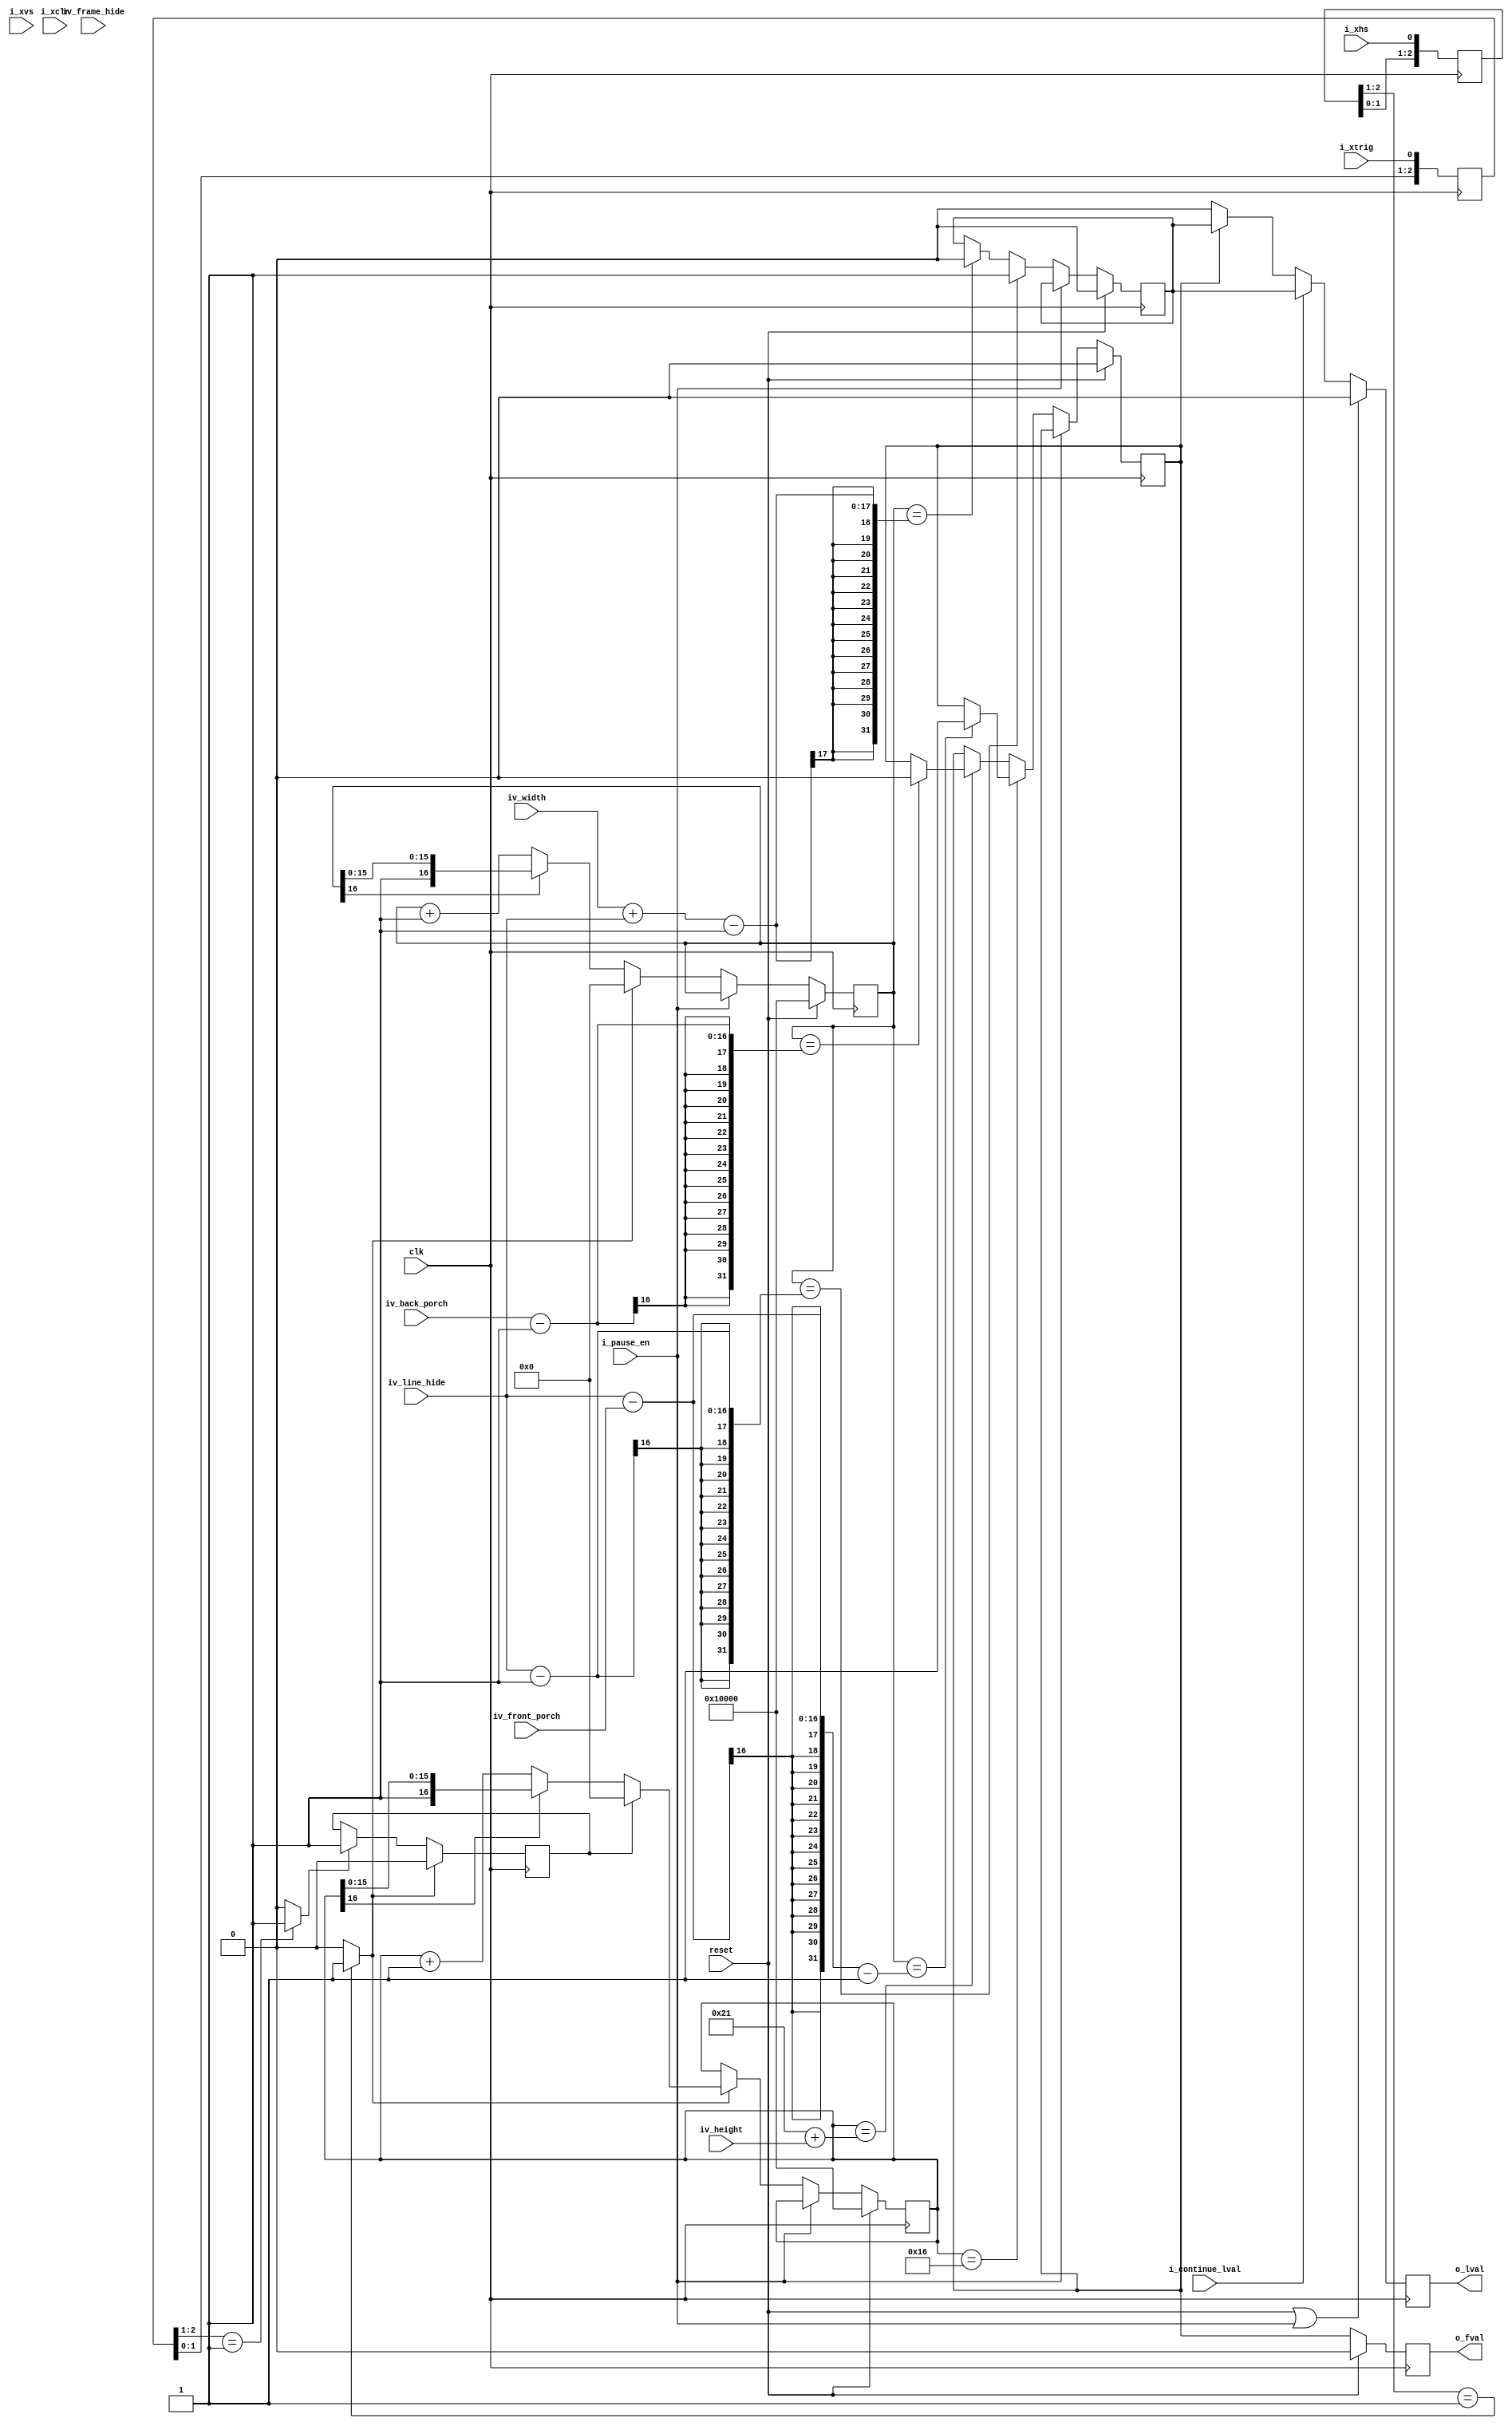
//-------------------------------------------------------------------------------------------------
//  --    : , 2010 -2015.
//  --      .
//  --          : FPGA
//  --        : frame_line_pattern
//  --        : 
//-------------------------------------------------------------------------------------------------
//
//  --  :
//
//  --          :| 				:|  
//-------------------------------------------------------------------------------------------------
//  --        :| 2013/5/24 10:08:24	:|  
//  --        :| 2014/6/9 14:52:56	:|  
//-------------------------------------------------------------------------------------------------
//
//  --      :	 fval  lval 
//              1)  : parameterdefine
//
//              2)  : ... ...
//
//              3)  : ... ...
//
//		
//
//																				|<--iv_frame_hide	  ->|
//					_____________________________________________________________						______
//	fval	________|															|_______________________|
//							_________		_________		   	_________
//	lval	________________|		|_______|		|____****___|		|________________________________
//
//					|<-	  ->|		|<-	  ->|<-   ->|					|<-   ->|
//						|				|		|							|
//				iv_front_porch 			|		|							|
//								iv_line_hide	|							|
//											iv_width					iv_back_porch

//-------------------------------------------------------------------------------------------------
///
//-------------------------------------------------------------------------------------------------

module frame_line_pattern # (
	parameter			VBLANK_LINE			= 22	,	//Vertical blanking period
	parameter			FRAME_INFO_LINE		= 1		,	//Frame information line
	parameter			IGNORE_OB_LINE		= 6		,	//Ignored OB
	parameter			VEFFECT_OB_LINE		= 4			//Vertical effective OB
	)
	(
	//
	input				clk							,	//
	input				reset						,	//
	input				i_xtrig						,	//
	input				i_xhs						,	//
	input				i_xvs						,	//
	input				i_xclr						,	//
	//
	input				i_pause_en					,	//1: 0:
	input				i_continue_lval				,	//1:0:
	input	[15:0]		iv_width					,	//64k
	input	[15:0]		iv_line_hide				,	//64k
	input	[15:0]		iv_height					,	//64k
	input	[15:0]		iv_frame_hide				,	//64k
	input	[15:0]		iv_front_porch				,	//fvallval
	input	[15:0]		iv_back_porch				,	//fvallval
	//
	output				o_fval						,	//
	output				o_lval							//
	);

	//ref signals
	reg		[2:0]		xtrig_shift					= 3'b000;
	wire				xtrig_rise					;
	wire				xtrig_fall					;
	reg		[2:0]		xhs_shift					= 3'b000;
	wire				xhs_rise					;
	wire				xhs_fall					;
	reg					xtrig_rise_reg				= 1'b0;

	reg		[16:0]		allpix_cnt_per_line 		= 17'h10000	;	//pix128kpix
	reg		[16:0]		line_cnt 					= 17'h10000	;	//
	reg					fval_reg					= 1'b0	;	//
	reg					lval_reg					= 1'b0	;	//
	reg					fval_reg1					= 1'b0	;	//
	reg					lval_reg1					= 1'b0	;	//


	//ref ARCHITECTURE

	//	===============================================================================================
	//	ref ***edge***
	//	===============================================================================================
	//	-------------------------------------------------------------------------------------
	//	xtrig 
	//	-------------------------------------------------------------------------------------
	always @ (posedge clk) begin
		xtrig_shift	<= {xtrig_shift[1:0],i_xtrig};
	end
	assign	xtrig_rise	= (xtrig_shift[2:1]==2'b01) ? 1'b1 : 1'b0;
	assign	xtrig_fall	= (xtrig_shift[2:1]==2'b10) ? 1'b1 : 1'b0;

	//	-------------------------------------------------------------------------------------
	//	xhs 
	//	-------------------------------------------------------------------------------------
	always @ (posedge clk) begin
		xhs_shift	<= {xhs_shift[1:0],i_xhs};
	end
	assign	xhs_rise	= (xhs_shift[2:1]==2'b01) ? 1'b1 : 1'b0;
	assign	xhs_fall	= (xhs_shift[2:1]==2'b10) ? 1'b1 : 1'b0;

	//	-------------------------------------------------------------------------------------
	//	
	//	-------------------------------------------------------------------------------------
	always @ (posedge clk) begin
		if(xhs_rise) begin
			xtrig_rise_reg	<= 1'b0;
		end
		else if(xtrig_rise) begin
			xtrig_rise_reg	<= 1'b1;
		end
	end

	//	===============================================================================================
	//	ref ***compute***
	//	===============================================================================================
	//	-------------------------------------------------------------------------------------
	//	allpix_cnt_per_line
	//	1.
	//	2.
	//	--2.1xhs
	//	--2.2=1
	//	--2.3
	//	-------------------------------------------------------------------------------------
	always @ (posedge clk) begin
		if(reset) begin
			allpix_cnt_per_line	<=17'h10000;
		end
		else begin
			if(!i_pause_en) begin
				if(xhs_rise) begin
					allpix_cnt_per_line	<= 17'b0;
				end
				else if(allpix_cnt_per_line[16]) begin
					allpix_cnt_per_line	<= allpix_cnt_per_line;
				end
				else begin
					allpix_cnt_per_line	<= allpix_cnt_per_line + 1'b1;
				end
			end
		end
	end

	//	-------------------------------------------------------------------------------------
	//	line_cnt
	//	1.
	//	2.
	//	3.
	//	--line_cnt
	//	--
	//	-------------------------------------------------------------------------------------
	always @ (posedge clk) begin
		if(reset) begin
			line_cnt	<= 17'h10000;
		end
		else begin
			if(!i_pause_en) begin
				if(xhs_rise) begin
					if(xtrig_rise_reg) begin
						line_cnt	<= 17'b0;
					end
					else if(line_cnt[16]) begin
						line_cnt	<= line_cnt;
					end
					else begin
						line_cnt	<= line_cnt + 1'b1;
					end
				end
			end
		end
	end

	//	-------------------------------------------------------------------------------------
	//	fval_reg
	//	1.
	//	2.
	//	3.
	//	--line_cntallpix_cnt_per_line=1
	//	--line_cnt0allpix_cnt_per_line=0
	//	-------------------------------------------------------------------------------------
	always @ (posedge clk) begin
		if(reset) begin
			fval_reg	<= 1'b0;
		end
		else begin
			if(!i_pause_en) begin
				if(line_cnt==VBLANK_LINE) begin
					if(allpix_cnt_per_line==(iv_line_hide-iv_front_porch-1)) begin
						fval_reg	<= 1'b1;
					end
				end
				else if(line_cnt==(VBLANK_LINE+FRAME_INFO_LINE+IGNORE_OB_LINE+VEFFECT_OB_LINE+iv_height)) begin
					if(allpix_cnt_per_line==(iv_back_porch-1)) begin
						fval_reg	<= 1'b0;
					end
				end
			end
		end
	end

	//	-------------------------------------------------------------------------------------
	//	lval_reg
	//	1.
	//	2.
	//	3.
	//	--allpix_cnt_per_line=1
	//	--allpix_cnt_per_line=0
	//	-------------------------------------------------------------------------------------
	always @ (posedge clk) begin
		if(reset) begin
			lval_reg	<= 1'b0;
		end
		else begin
			if(!i_pause_en) begin
				if(allpix_cnt_per_line==(iv_line_hide-1)) begin
					lval_reg	<= 1'b1;
				end
				else if(allpix_cnt_per_line==(iv_width+iv_line_hide-1)) begin
					lval_reg	<= 1'b0;
				end
			end
		end
	end

	//  ===============================================================================================
	//	ref ******
	//  ===============================================================================================
	//	-------------------------------------------------------------------------------------
	//	fval
	//	1.lvalfval
	//	-------------------------------------------------------------------------------------
	always @ (posedge clk) begin
		if(reset) begin
			fval_reg1	<= 1'b0;
		end
		else begin
			fval_reg1	<= fval_reg;
		end
	end

	//	-------------------------------------------------------------------------------------
	//	lval
	//	1.pauselval
	//	2.fvallval
	//	-------------------------------------------------------------------------------------
	always @ (posedge clk) begin
		if(reset==1'b1 || i_pause_en==1'b1) begin
			lval_reg1	<= 1'b0;
		end
		else begin
			if(i_continue_lval) begin
				lval_reg1	<= lval_reg;
			end
			else begin
				if(fval_reg) begin
					lval_reg1	<= lval_reg;
				end
				else begin
					lval_reg1	<= 1'b0;
				end
			end

		end
	end

	//	-------------------------------------------------------------------------------------
	//	
	//	-------------------------------------------------------------------------------------
	assign	o_fval		= fval_reg1;
	assign	o_lval		= lval_reg1;


endmodule